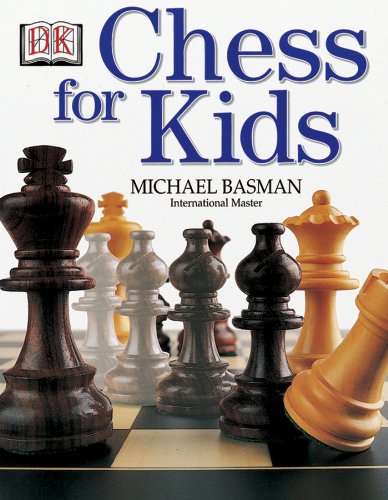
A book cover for Chess for Kids; Michael Basman; Children's Books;